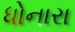
ધોનારા